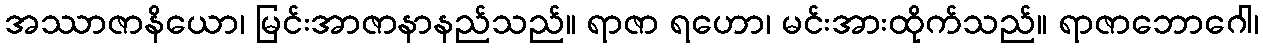
အဿာဇာနိယော၊ မြင်းအာဇာနာနည်သည်။ ရာဇာ ရဟော၊ မင်းအားထိုက်သည်။ ရာဇာဘောဂေါ၊